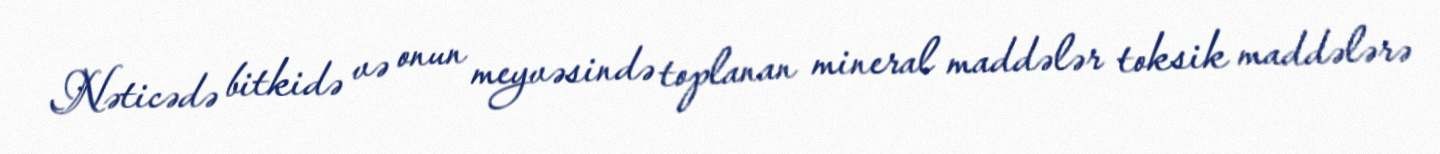
Nəticədə bitkidə və onun meyvəsində toplanan mineral maddələr toksik maddələrə